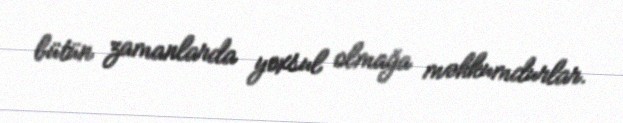
bütün zamanlarda yoxsul olmağa məhkumdurlar.